Code of medical and sanitary regulations for the guidance of medical officers serving in the Madras Presidency - Volume I
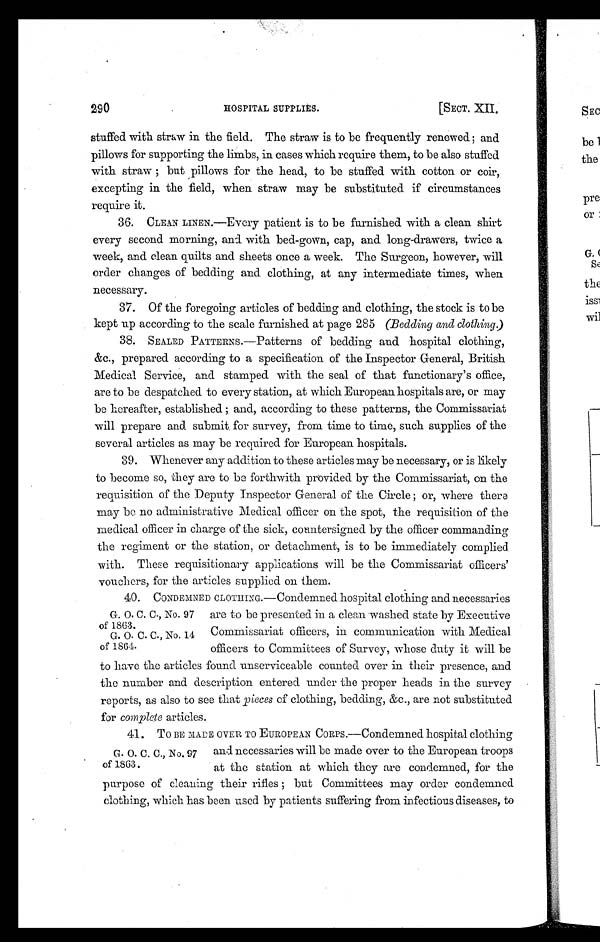
290
HOSPITAL SUPPLIES
[SECT. XII.
stuffed with straw in the field. The straw is to be frequently renewed; and
pillows for supporting the limbs, in cases which require them, to be also stuffed
with straw; but pillows for the head, to be stuffed with cotton or coir,
excepting in the field, when straw may be substituted if circumstances
require it.
36. C L E A N L I N E N . — E v e r y p a t i e n t i s t o b e f u r n i s h e d w i t h a c l e a n s h i r t
every second morning, and with bed-gown, cap, and long-drawers, twice a
week, and clean quilts and sheets once a week. The Surgeon, however, will
order changes of bedding and clothing, at any intermediate times, when
necessary.
37. Of the foregoing articles of bedding and clothing, the stock is to be
kept up according to the scale furnished at page 285 (Bedding and clothing.)
38. SEALED PATTERNS.—Patterns of bedding and hospital clothing,
&c., prepared according to a specification of the Inspector General, British
Medical Service, and stamped with the seal of that functionary's office,
are to be despatched to every station, at which European hospitals are, or may
be hereafter, established; and, according to these patterns, the Commissariat
will prepare and submit for survey, from time to time, such supplies of the
several articles as may be required for European hospitals.
39. Whenever any addition to these articles may be necessary, or is likely
to become so, they are to be forthwith provided by the Commissariat, on the
requisition of the Deputy Inspector General of the Circle; or, where there
may be no administrative Medical officer on the spot, the requisition of the
medical officer in charge of the sick, countersigned by the officer commanding
the regiment or the station, or detachment, is to be immediately complied
with. These requisitionary applications will be the Commissariat officers'
vouchers, for the articles supplied on them.
G. O. C. C., No. 97
of 1863.
G. O. C. C., No. 14
of 1864.
40. CONDEMNED CLOTHING.—Condemned hospital clothing and necessaries
are to be presented in a clean washed state by Executive
Commissariat officers, in communication with Medical
officers to Committees of Survey, whose duty it will be
to have the articles found unserviceable counted over in their presence, and
the number and description entered under the proper heads in the survey
reports, as also to see that pieces of clothing, bedding, &c., are not substituted
for complete articles.
G . O . C . C . , N o . 9 7
of 1863.
41. TO BE MADE OVER TO EUROPEAN CORPS.—Condemned hospital clothing
and necessaries will be made over to the European troops
at the station at which they are condemned, for the
purpose of cleaning their rifles; but Committees may order condemned
clothing, which has been used by patients suffering from infectious diseases, to